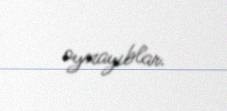
oynayıblar.